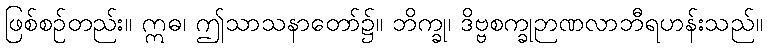
ဖြစ်စဉ်တည်း။ ဣဓ၊ ဤသာသနာတော်၌။ ဘိက္ခု၊ ဒိဗ္ဗစက္ခုဉာဏလာဘီရဟန်းသည်။